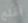
أقلع